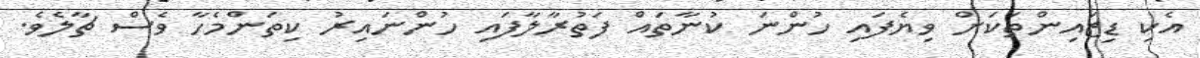
އެކި ޑިޒައިންތަކަށް ވިޔެފައި ހުންނަ ކުނާތައް ފަތުރާލާފައި ހުންނައިރު ކިތަންމެހާ ވެސް ޗާލެވެ.